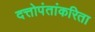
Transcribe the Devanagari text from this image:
दत्तोपंतांकरिता